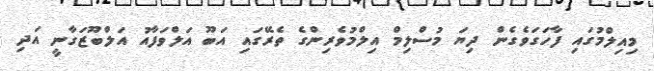
މިއިލްމުގައި ފާހަގަވެގެން ދިޔަ މުސްލިމް އިލްމުވެރިންގެ ތެރޭގައި އަބޫ އަލްވަފާއު އަލްބޫޒަގާނީ އަދި